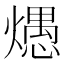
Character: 𰟦